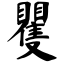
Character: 矍